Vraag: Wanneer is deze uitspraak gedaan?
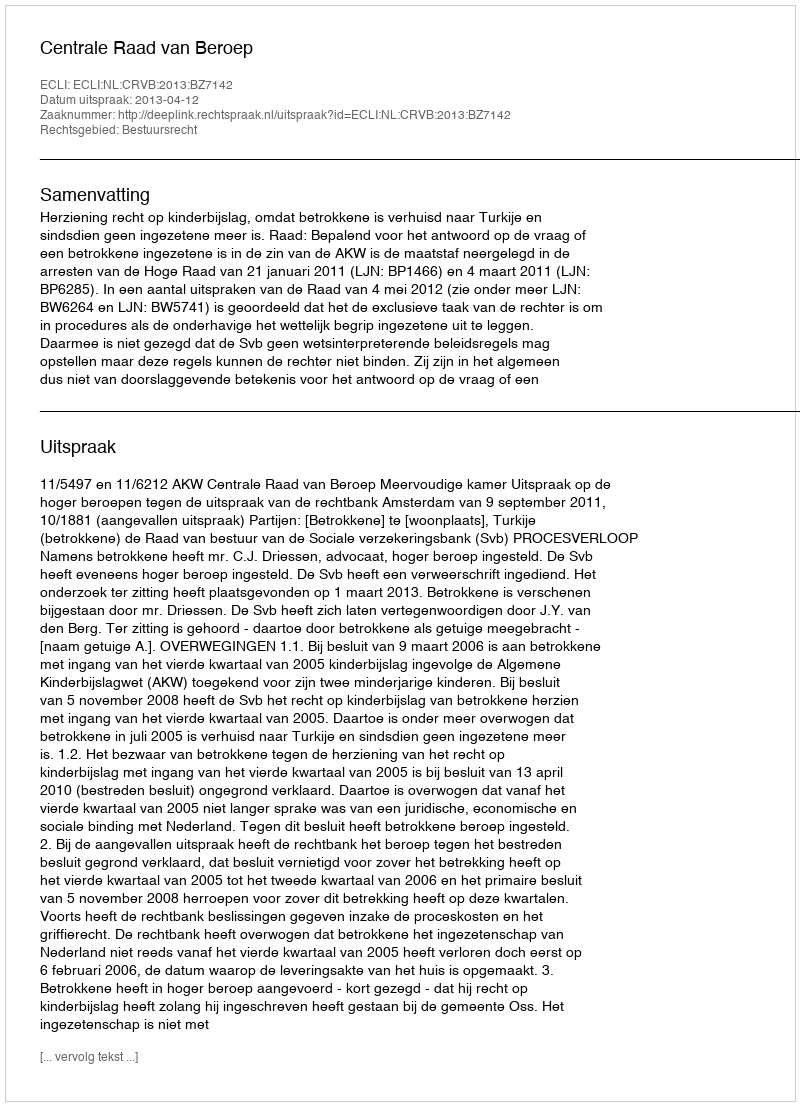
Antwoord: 2013-04-12